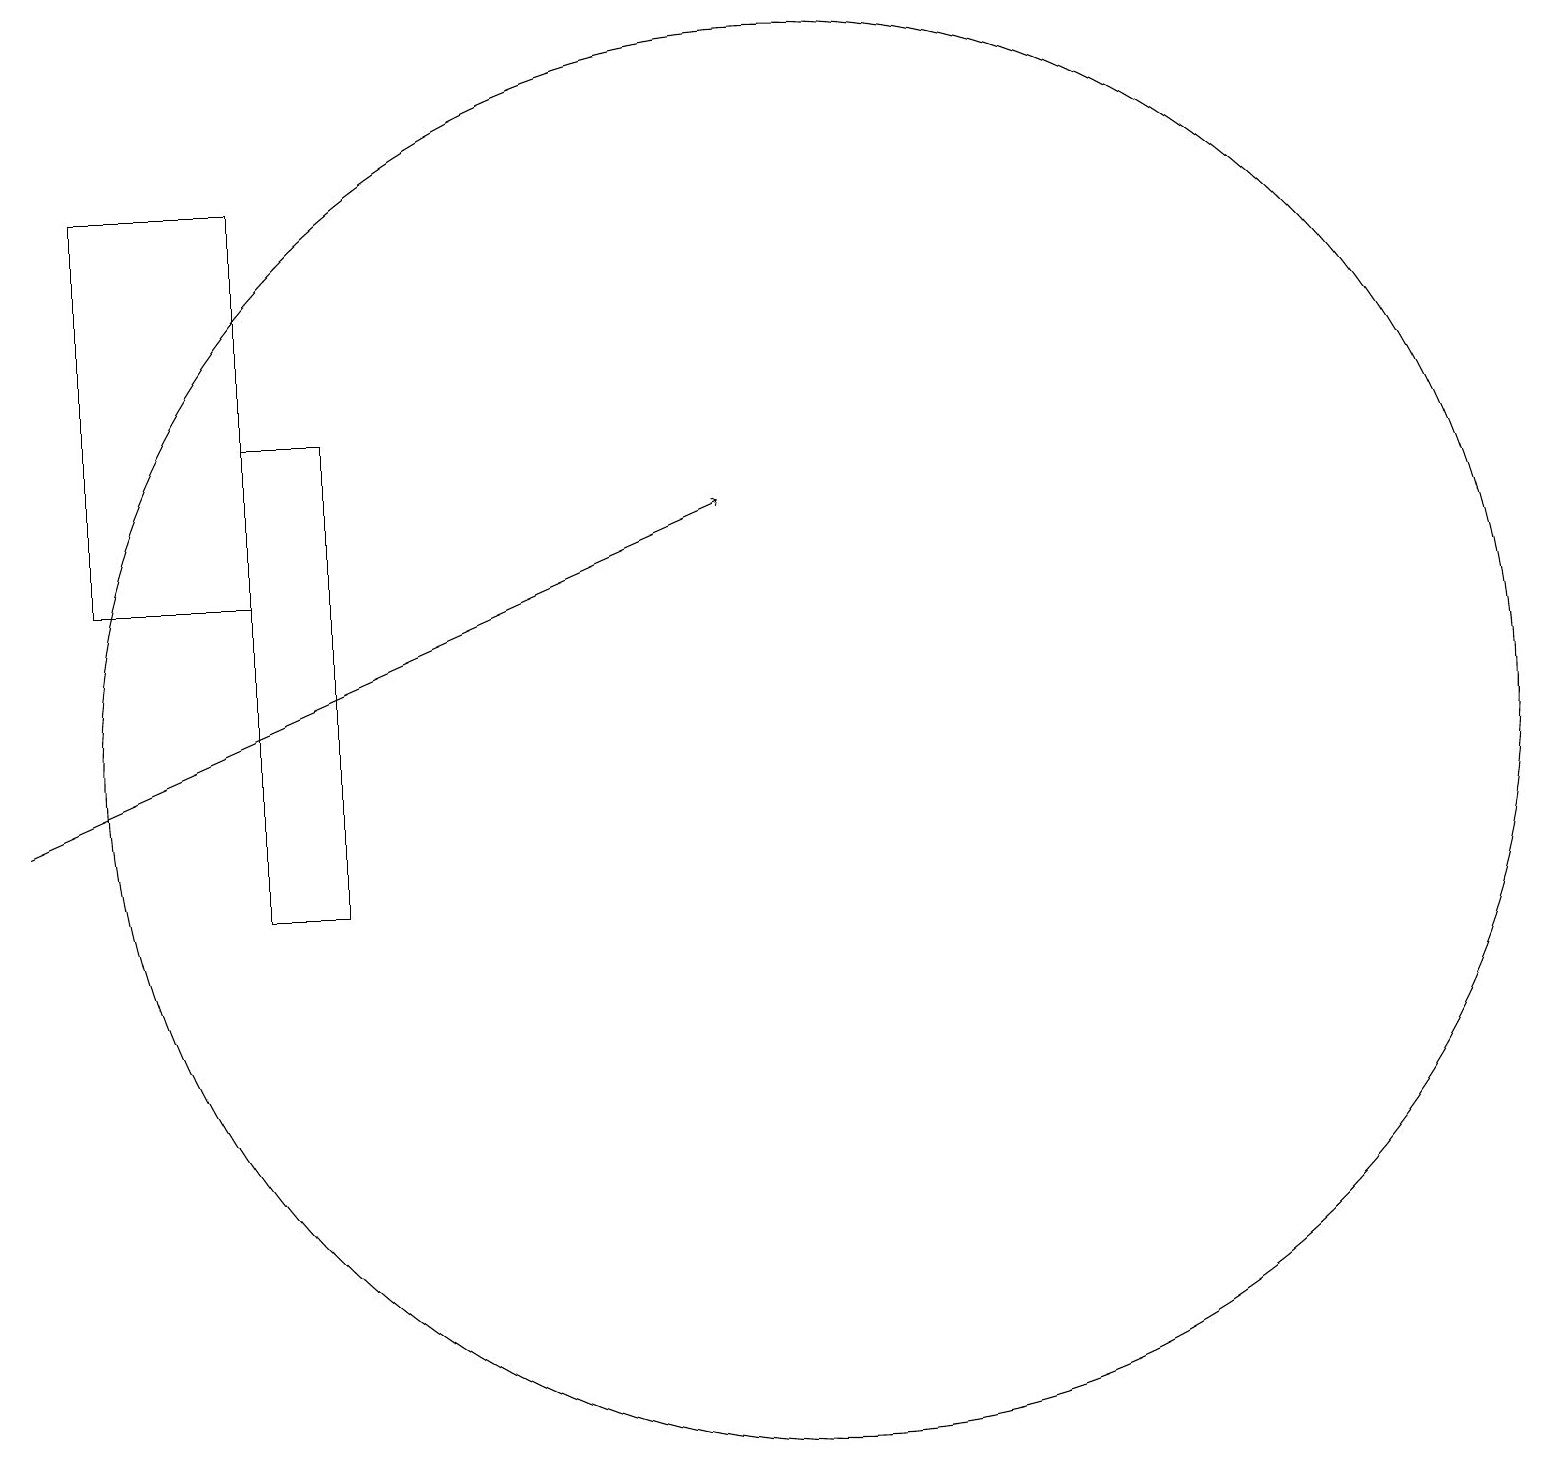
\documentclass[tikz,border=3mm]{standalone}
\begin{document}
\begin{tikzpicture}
\draw[->] (0,11) -- (9,15);
\draw (10,12) circle (9);
\draw (3,16) rectangle (4,10);
\draw (1,14) rectangle (3,19);
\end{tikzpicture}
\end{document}